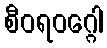
စီဝရဝဂ္ဂေါ